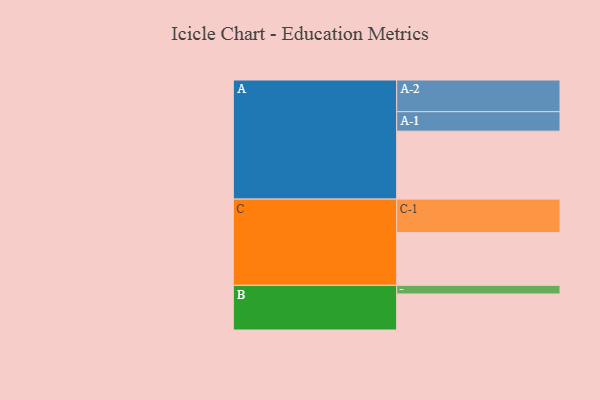
{"axis": {"x": "Segment", "y": "Value"}, "legend": ["", "A", "B", "C"], "data": [{"x": "A", "y": 566, "type": ""}, {"x": "B", "y": 300, "type": ""}, {"x": "C", "y": 439, "type": ""}, {"x": "A-1", "y": 162, "type": "A"}, {"x": "A-2", "y": 264, "type": "A"}, {"x": "B-1", "y": 72, "type": "B"}, {"x": "C-1", "y": 279, "type": "C"}]}